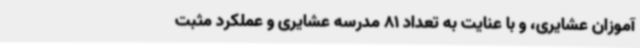
آموزان عشایری، و با عنایت به تعداد 81 مدرسه عشایری و عملکرد مثبت